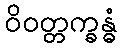
ဝိဝတ္တက္ခန္ဓံ